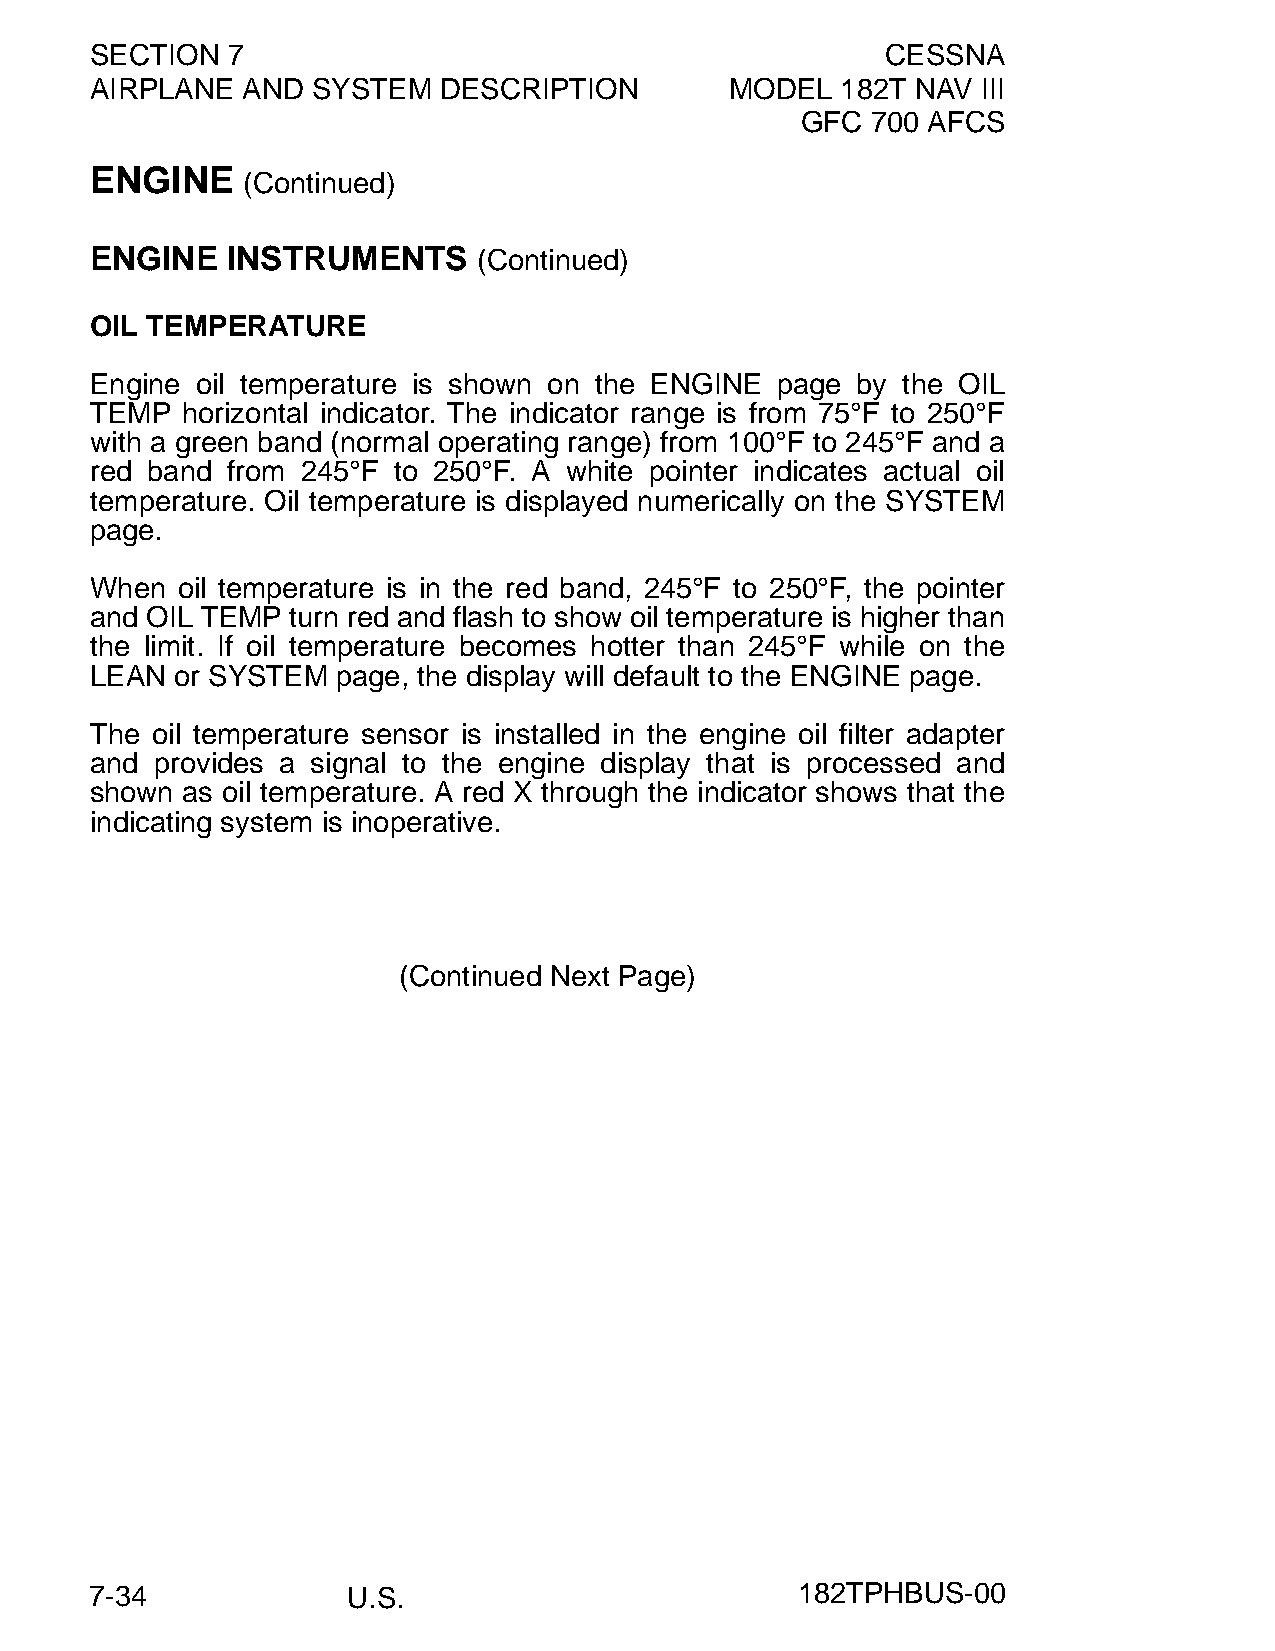
SECTION  7                                           CESSNA
 AIRPLANE  AND  SYSTEM  DESCRIPTION        MODEL   182T NAV III
 GFC  700 AFCS
 ENGINE
 (Continued)
 ENGINE   INSTRUMENTS      (Continued)
 OIL TEMPERATURE
 Engine oil temperature is shown on the ENGINE page by the OIL
 TEMP  horizontal indicator. The indicator range is from 75°F to 250°F
 with a green band (normal operating range) from 100°F to 245°F and a
 red band from 245°F to 250°F. A white pointer indicates actual oil
 temperature. Oil temperature is displayed numerically on the SYSTEM
 page.
 When  oil temperature is in the red band, 245°F to 250°F, the pointer
 and OIL TEMP turn red and flash to show oil temperature is higher than
 the limit. If oil temperature becomes hotter than 245°F while on the
 LEAN  or SYSTEM page, the display will default to the ENGINE page.
 The oil temperature sensor is installed in the engine oil filter adapter
 and provides a signal to the engine display that is processed and
 shown as oil temperature. A red X through the indicator shows that the
 indicating system is inoperative.
 (Continued Next Page)
 7-34             U.S.                          182TPHBUS-00